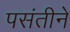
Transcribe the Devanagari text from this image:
पसंतीने